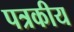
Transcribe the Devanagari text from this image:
पत्रकीय